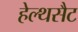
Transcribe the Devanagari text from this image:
हेल्थसैट